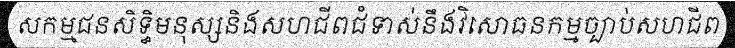
សកម្មជនសិទ្ធិមនុស្សនិងសហជីពជំទាស់នឹងវិសោធនកម្មច្បាប់សហជីព